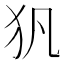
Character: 𤜦